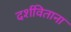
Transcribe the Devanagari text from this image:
दर्शविताना